Voisiku_vallavalitsus, lk 417
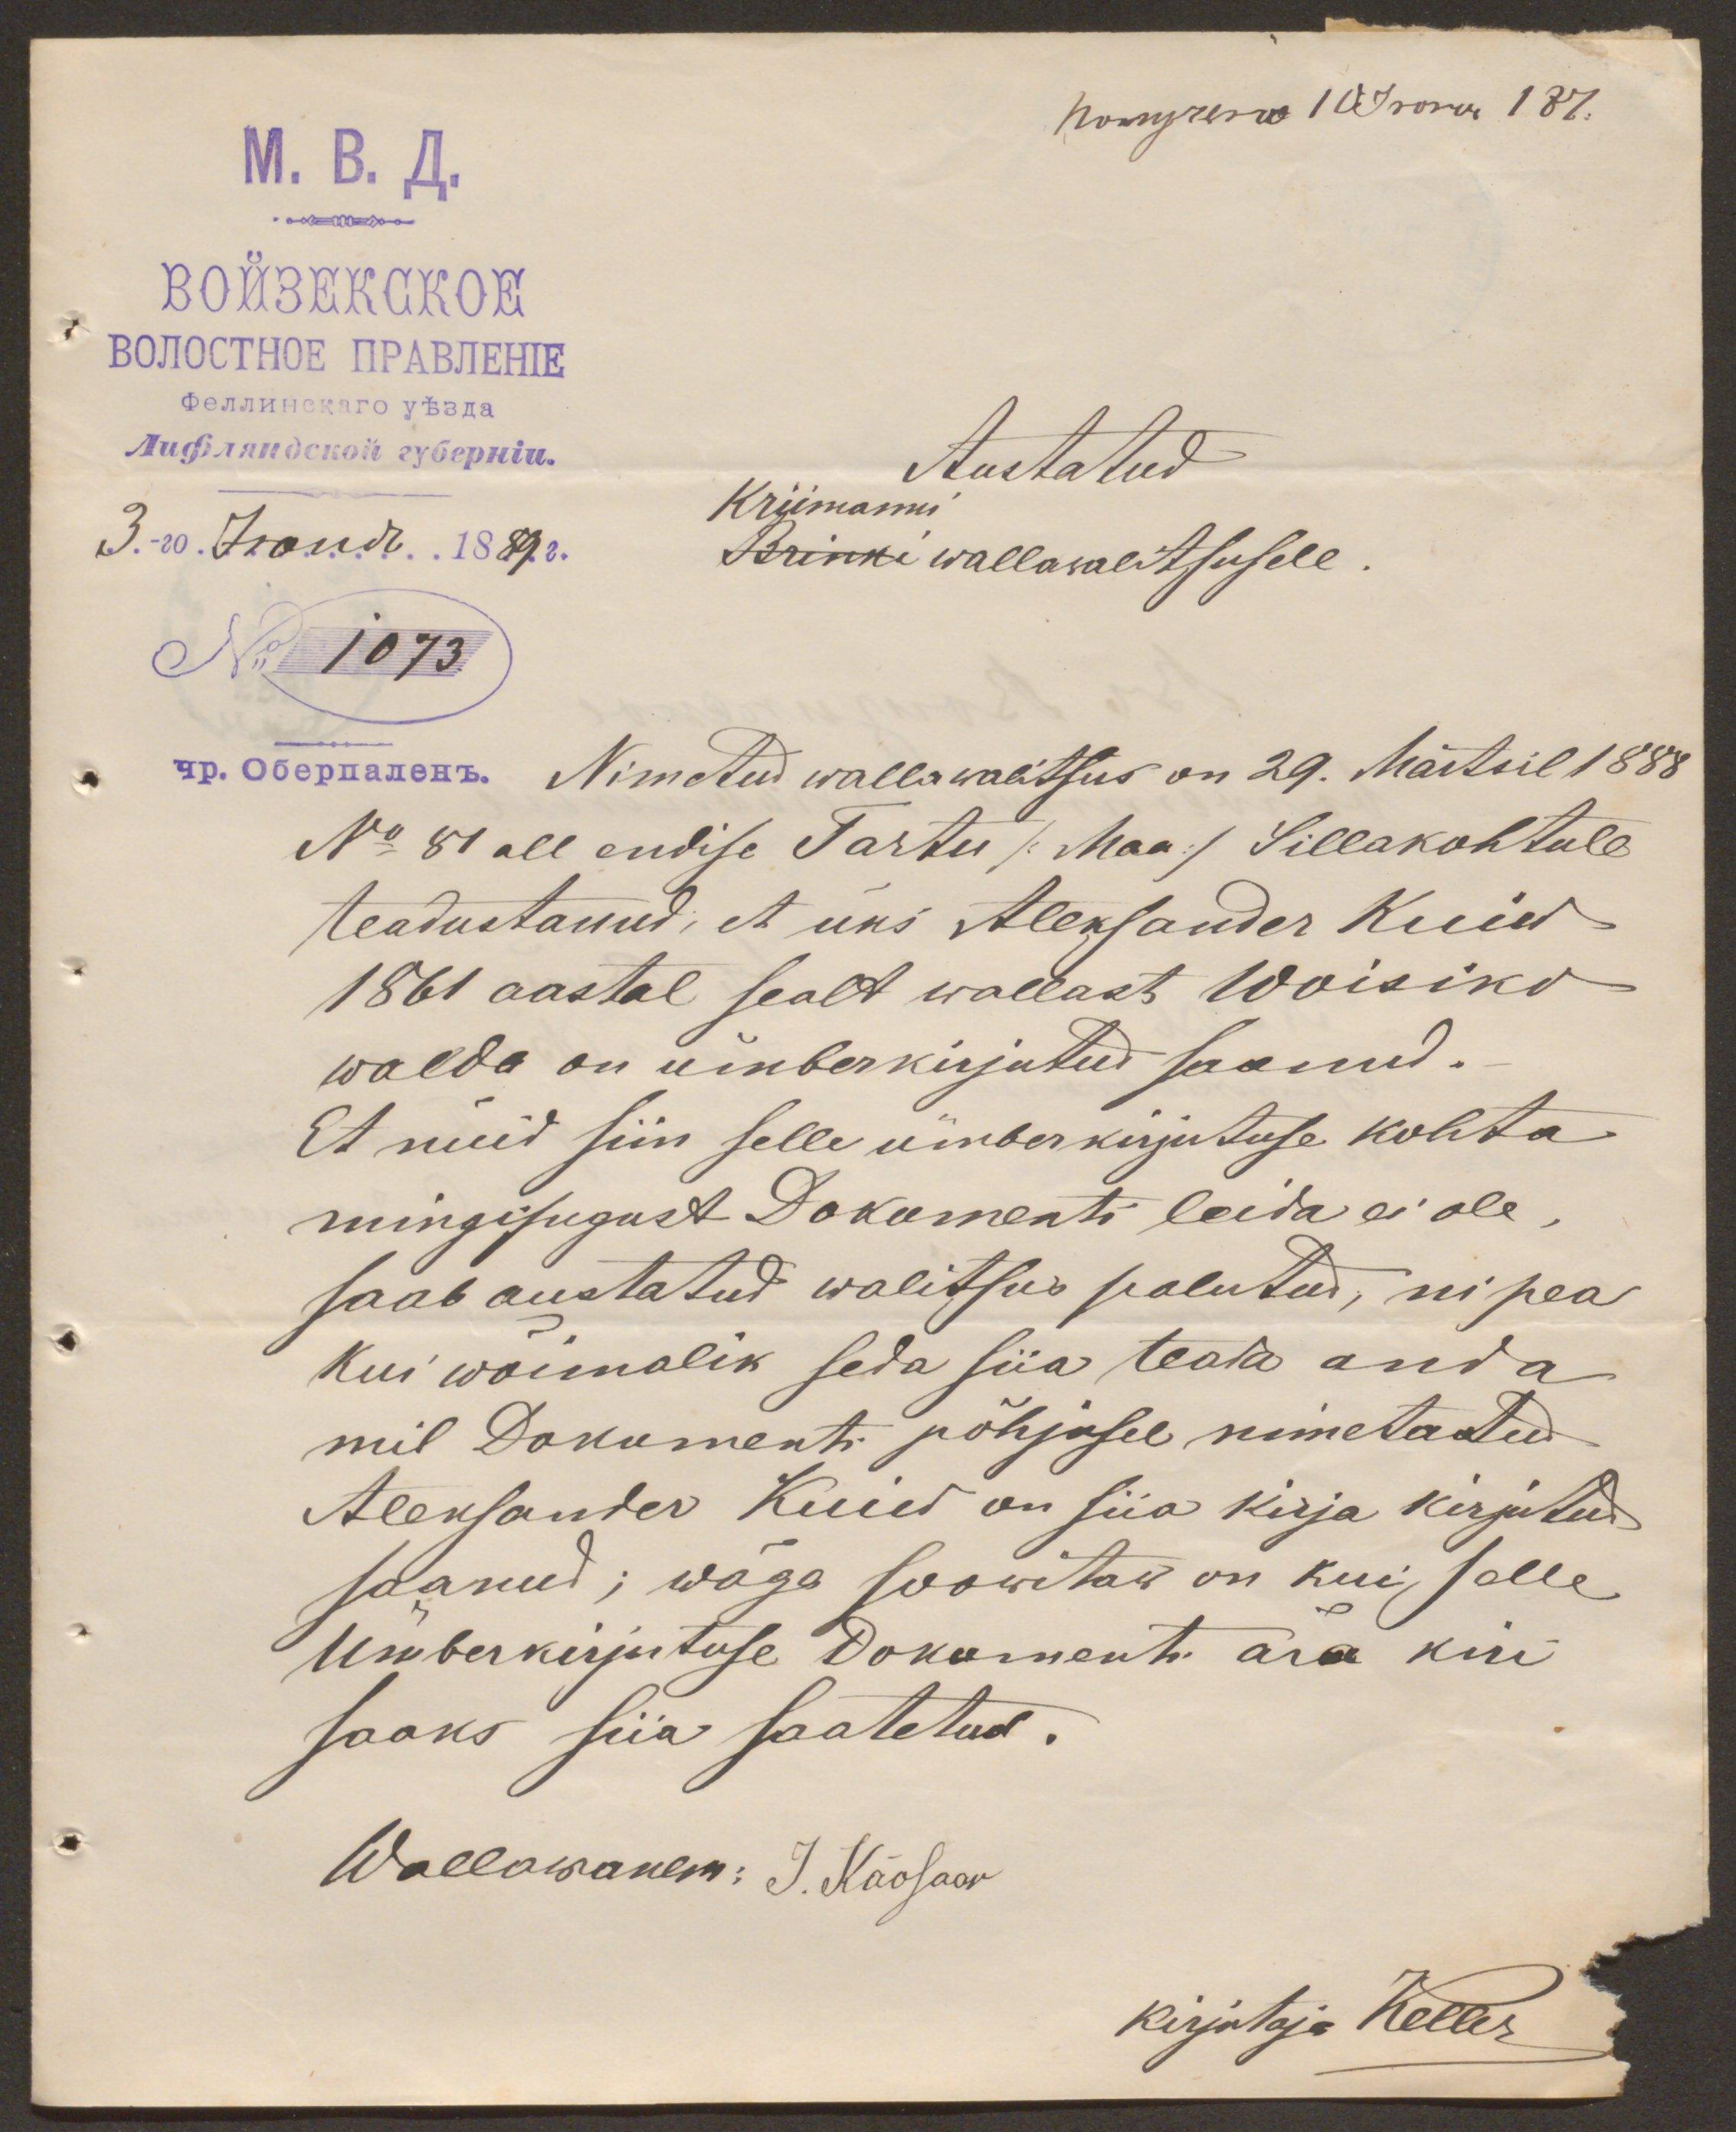
Austatud
Kriimanni
Brinki wallawalitsusele.
No 1073
Nimetud wallawalitsus on 29. Märtsil 1888
No 81 all endise Tartu /Maa/ Sillakohtule
teadustanud, et üks Aleksander Kuiw
1861 aastal sealt wallast Woisiko
walda on ümberkirjutud saanud.
Et nüid siin selle ümberkirjutuse kohta
mingisugust Dokumenti leida ei ole,
saab austatud walitsus palutud, ni pea
kui wõimalik seda siia teada anda
mil Dokumenti põhjusel nimetatud
Aleksander Kuiw on siia kirja kirjutud
saanud; wäga soowitaw on kui selle
Ümberkirjutuse Dokumenti ära kui
saaks siia saatetud.
Wallawanem: J. Käosaar
kirjutaja Keller